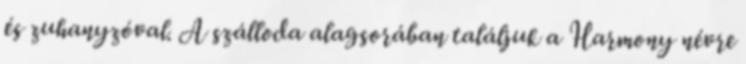
és zuhanyzóval. A szálloda alagsorában találjuk a Harmony névre